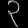
Digit: ၃